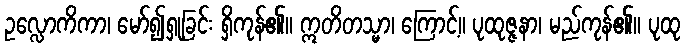
ဥလ္လောကိကာ၊ မော်၍ရှုခြင်း ရှိကုန်၏။ ဣတိတသ္မာ၊ ကြောင့်။ ပုထုဇ္ဇနာ၊ မည်ကုန်၏။ ပုထု